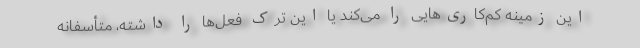
این زمینه کم‌کاری‌هایی را می‌کند یا این ترک فعل‌ها را داشته، متأسفانه